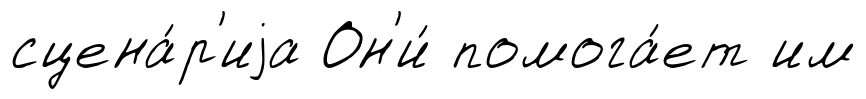
сцена́р'иjа Он'и́ помога́ет им